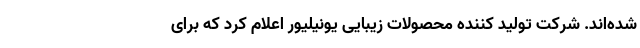
شده‌اند. شرکت تولید کننده محصولات زیبایی یونیلیور اعلام کرد که برای